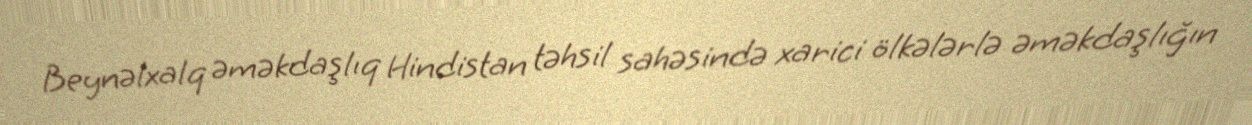
Beynəlxalq əməkdaşlıq Hindistan təhsil sahəsində xarici ölkələrlə əməkdaşlığın